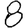
Digit: 8